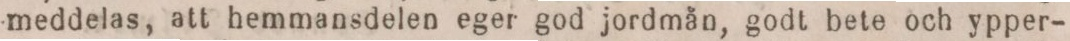
meddelas, att hemmansdelen eger god jordmån, godt bete och ypper-